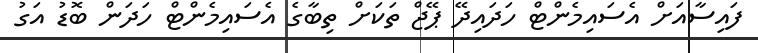
ފައިސާއަށް އެސައިމެންޓް ހަދައިދޭ ޕޭޖް ތަކަށް ތިބާގެ އެސައިމެންޓް ހަދަން ބޮޑު އަގު